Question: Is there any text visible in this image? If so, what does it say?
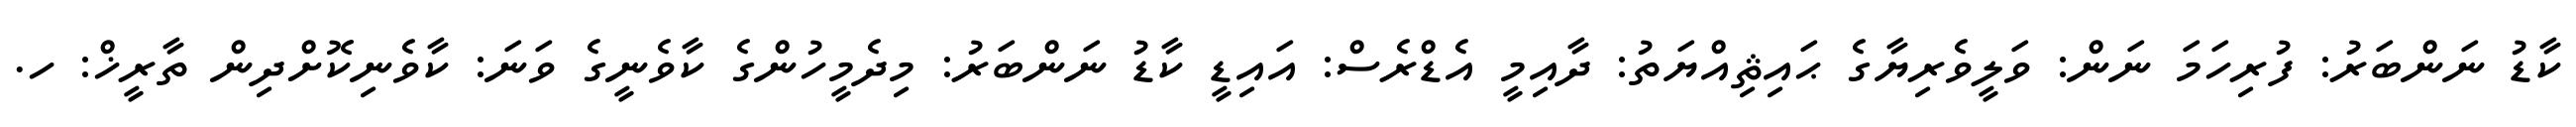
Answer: ކާޑު ނަންބަރު: ފުރިހަމަ ނަން: ވަލީވެރިޔާގެ ޙައިޘިއްޔަތު: ދާއިމީ އެޑްރެސް: އައިޑީ ކާޑު ނަންބަރު: މިދެމީހުންގެ ކާވެނީގެ ވަނަ: ކާވެނިކޮށްދިން ތާރީޚް: ހ.